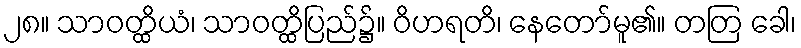
၂၈။ သာဝတ္ထိယံ၊ သာဝတ္ထိပြည်၌။ ဝိဟရတိ၊ နေတော်မူ၏။ တတြ ခေါ၊